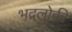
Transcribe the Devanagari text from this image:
भद्रलोकी